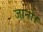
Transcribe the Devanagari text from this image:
जानो।